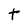
Character: t